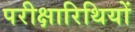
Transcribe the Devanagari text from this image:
परीक्षारिथियों